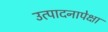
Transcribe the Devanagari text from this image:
उत्पादनापेक्षा